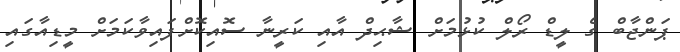
ޕަންޖާބް ގެ ލީޑް ރޯލް ކުޅުމަށް ޝާޙިދް އާއި ކަރީނާ ސޮއިކޮށްފައިވާކަމަށް މީޑިއާގައި